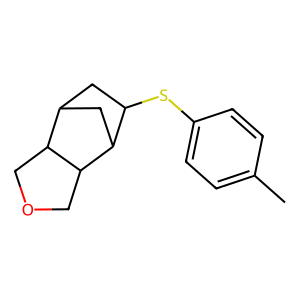
SMILES: Cc1ccc(SC2CC3CC2C2COCC32)cc1
Inhibits HIV replication: No